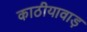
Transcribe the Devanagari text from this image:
काठीयावाड़